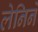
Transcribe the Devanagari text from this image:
लेनिने